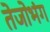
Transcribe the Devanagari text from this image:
तेजोभंग